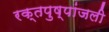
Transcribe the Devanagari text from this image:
रक्तपुष्पांजली